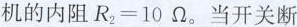
机的内阻R2=10Ω。当开关断